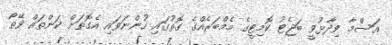
އަސްމާ ވިދާޅުވީ ބަޖެޓު ކޮމިޓީގެ މެމްބަރެއްގެ ގޮތުގައި ހުންނަވައި އެގޮތަށް ކަންތައް ވޭތޯ